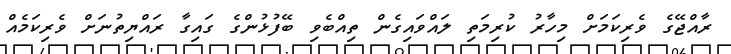
ރާއްޖޭގެ ވެރިކަމަށް މިހާރު ކުރިމަތި ލައްވައިގެން ތިއްބެވި ބޭފުޅުންގެ ގައިގާ ރައްޔިތުނަށް ވެރިކަމެއް